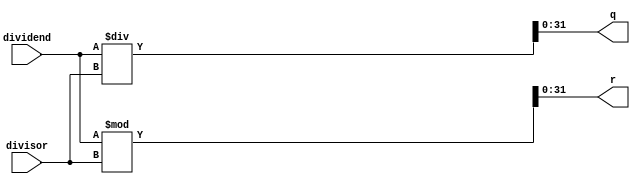
`timescale 1ns / 1ps

module DIVU(
    input [31:0] dividend, //
    input [31:0] divisor,  //
    output [31:0] q, //
    output [31:0] r //
    //output reg busy //
    );
   
    wire [32:0] div_dend;
    assign div_dend={1'b0,dividend};
    wire [32:0] div_sor;
    assign div_sor={1'b0,divisor};
    wire [32:0] tmp_q;
    assign tmp_q= div_dend/div_sor;
    wire [32:0] tmp_r;
    assign tmp_r= div_dend%div_sor;
    
    assign q=tmp_q[31:0];
    assign r=tmp_r[31:0];
        

endmodule